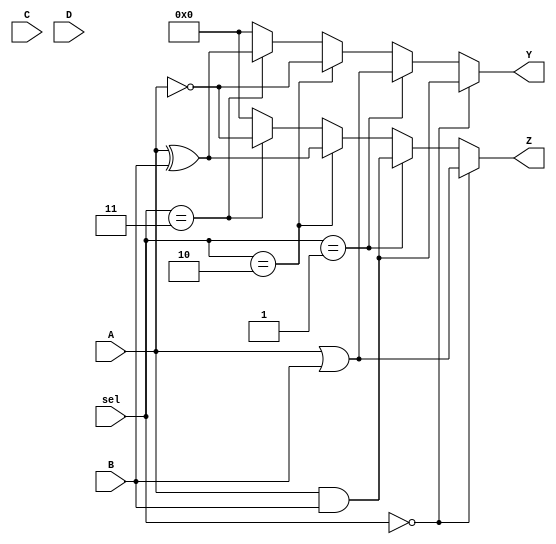
module CLB (
    input wire [3:0] A,      // 4-bit input vector
    input wire [3:0] B,      // 4-bit input vector
    input wire [3:0] C,      // 4-bit input vector
    input wire [3:0] D,      // 4-bit input vector
    input wire [1:0] sel,    // Select signal for multiplexers
    output wire [3:0] Y,     // 4-bit output vector
    output wire [3:0] Z      // 4-bit output vector
);

// Internal signals for logic operations
wire [3:0] and_out;
wire [3:0] or_out;
wire [3:0] not_out;
wire [3:0] xor_out;

// Logic operations
assign and_out = A & B;    // AND operation
assign or_out  = A | B;    // OR operation
assign not_out = ~A;       // NOT operation
assign xor_out = A ^ B;    // XOR operation

// Multiplexer for output Y
assign Y = (sel == 2'b00) ? and_out :
           (sel == 2'b01) ? or_out :
           (sel == 2'b10) ? not_out :
           (sel == 2'b11) ? xor_out : 4'b0000;

// Multiplexer for output Z (example with different logic)
assign Z = (sel == 2'b00) ? or_out :
           (sel == 2'b01) ? and_out :
           (sel == 2'b10) ? xor_out :
           (sel == 2'b11) ? not_out : 4'b0000;

endmodule